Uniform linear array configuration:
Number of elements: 64
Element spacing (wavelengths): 0.25
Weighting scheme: uniform
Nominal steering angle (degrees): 30
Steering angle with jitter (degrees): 28.943
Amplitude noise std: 0.05
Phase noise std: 0.05

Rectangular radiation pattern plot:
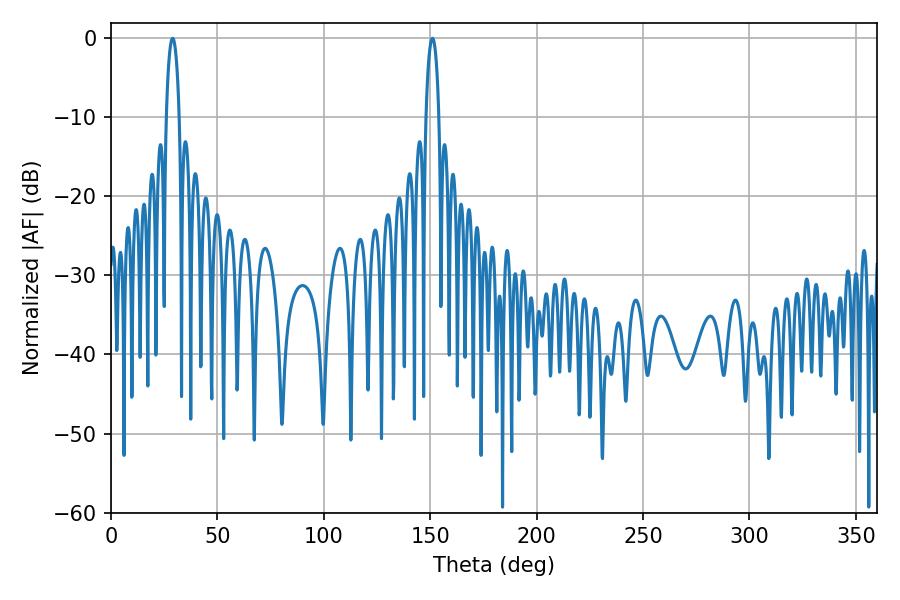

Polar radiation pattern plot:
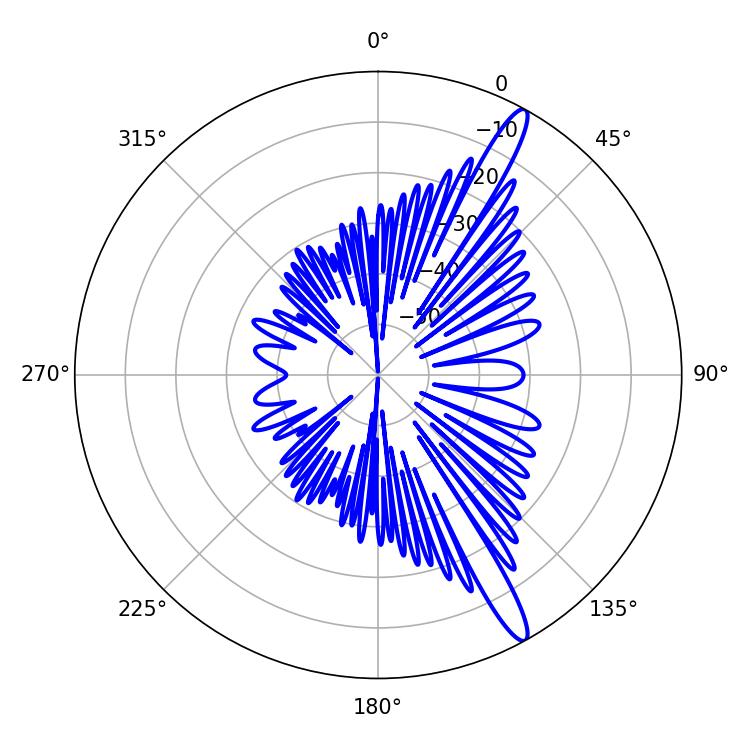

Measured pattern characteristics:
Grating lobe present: FALSE
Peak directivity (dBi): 14.61
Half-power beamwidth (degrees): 3.42
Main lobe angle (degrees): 28.98